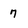
Character: 7